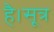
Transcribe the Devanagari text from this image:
है।सूत्र